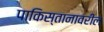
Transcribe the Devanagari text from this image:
पाकिस्तानावरील